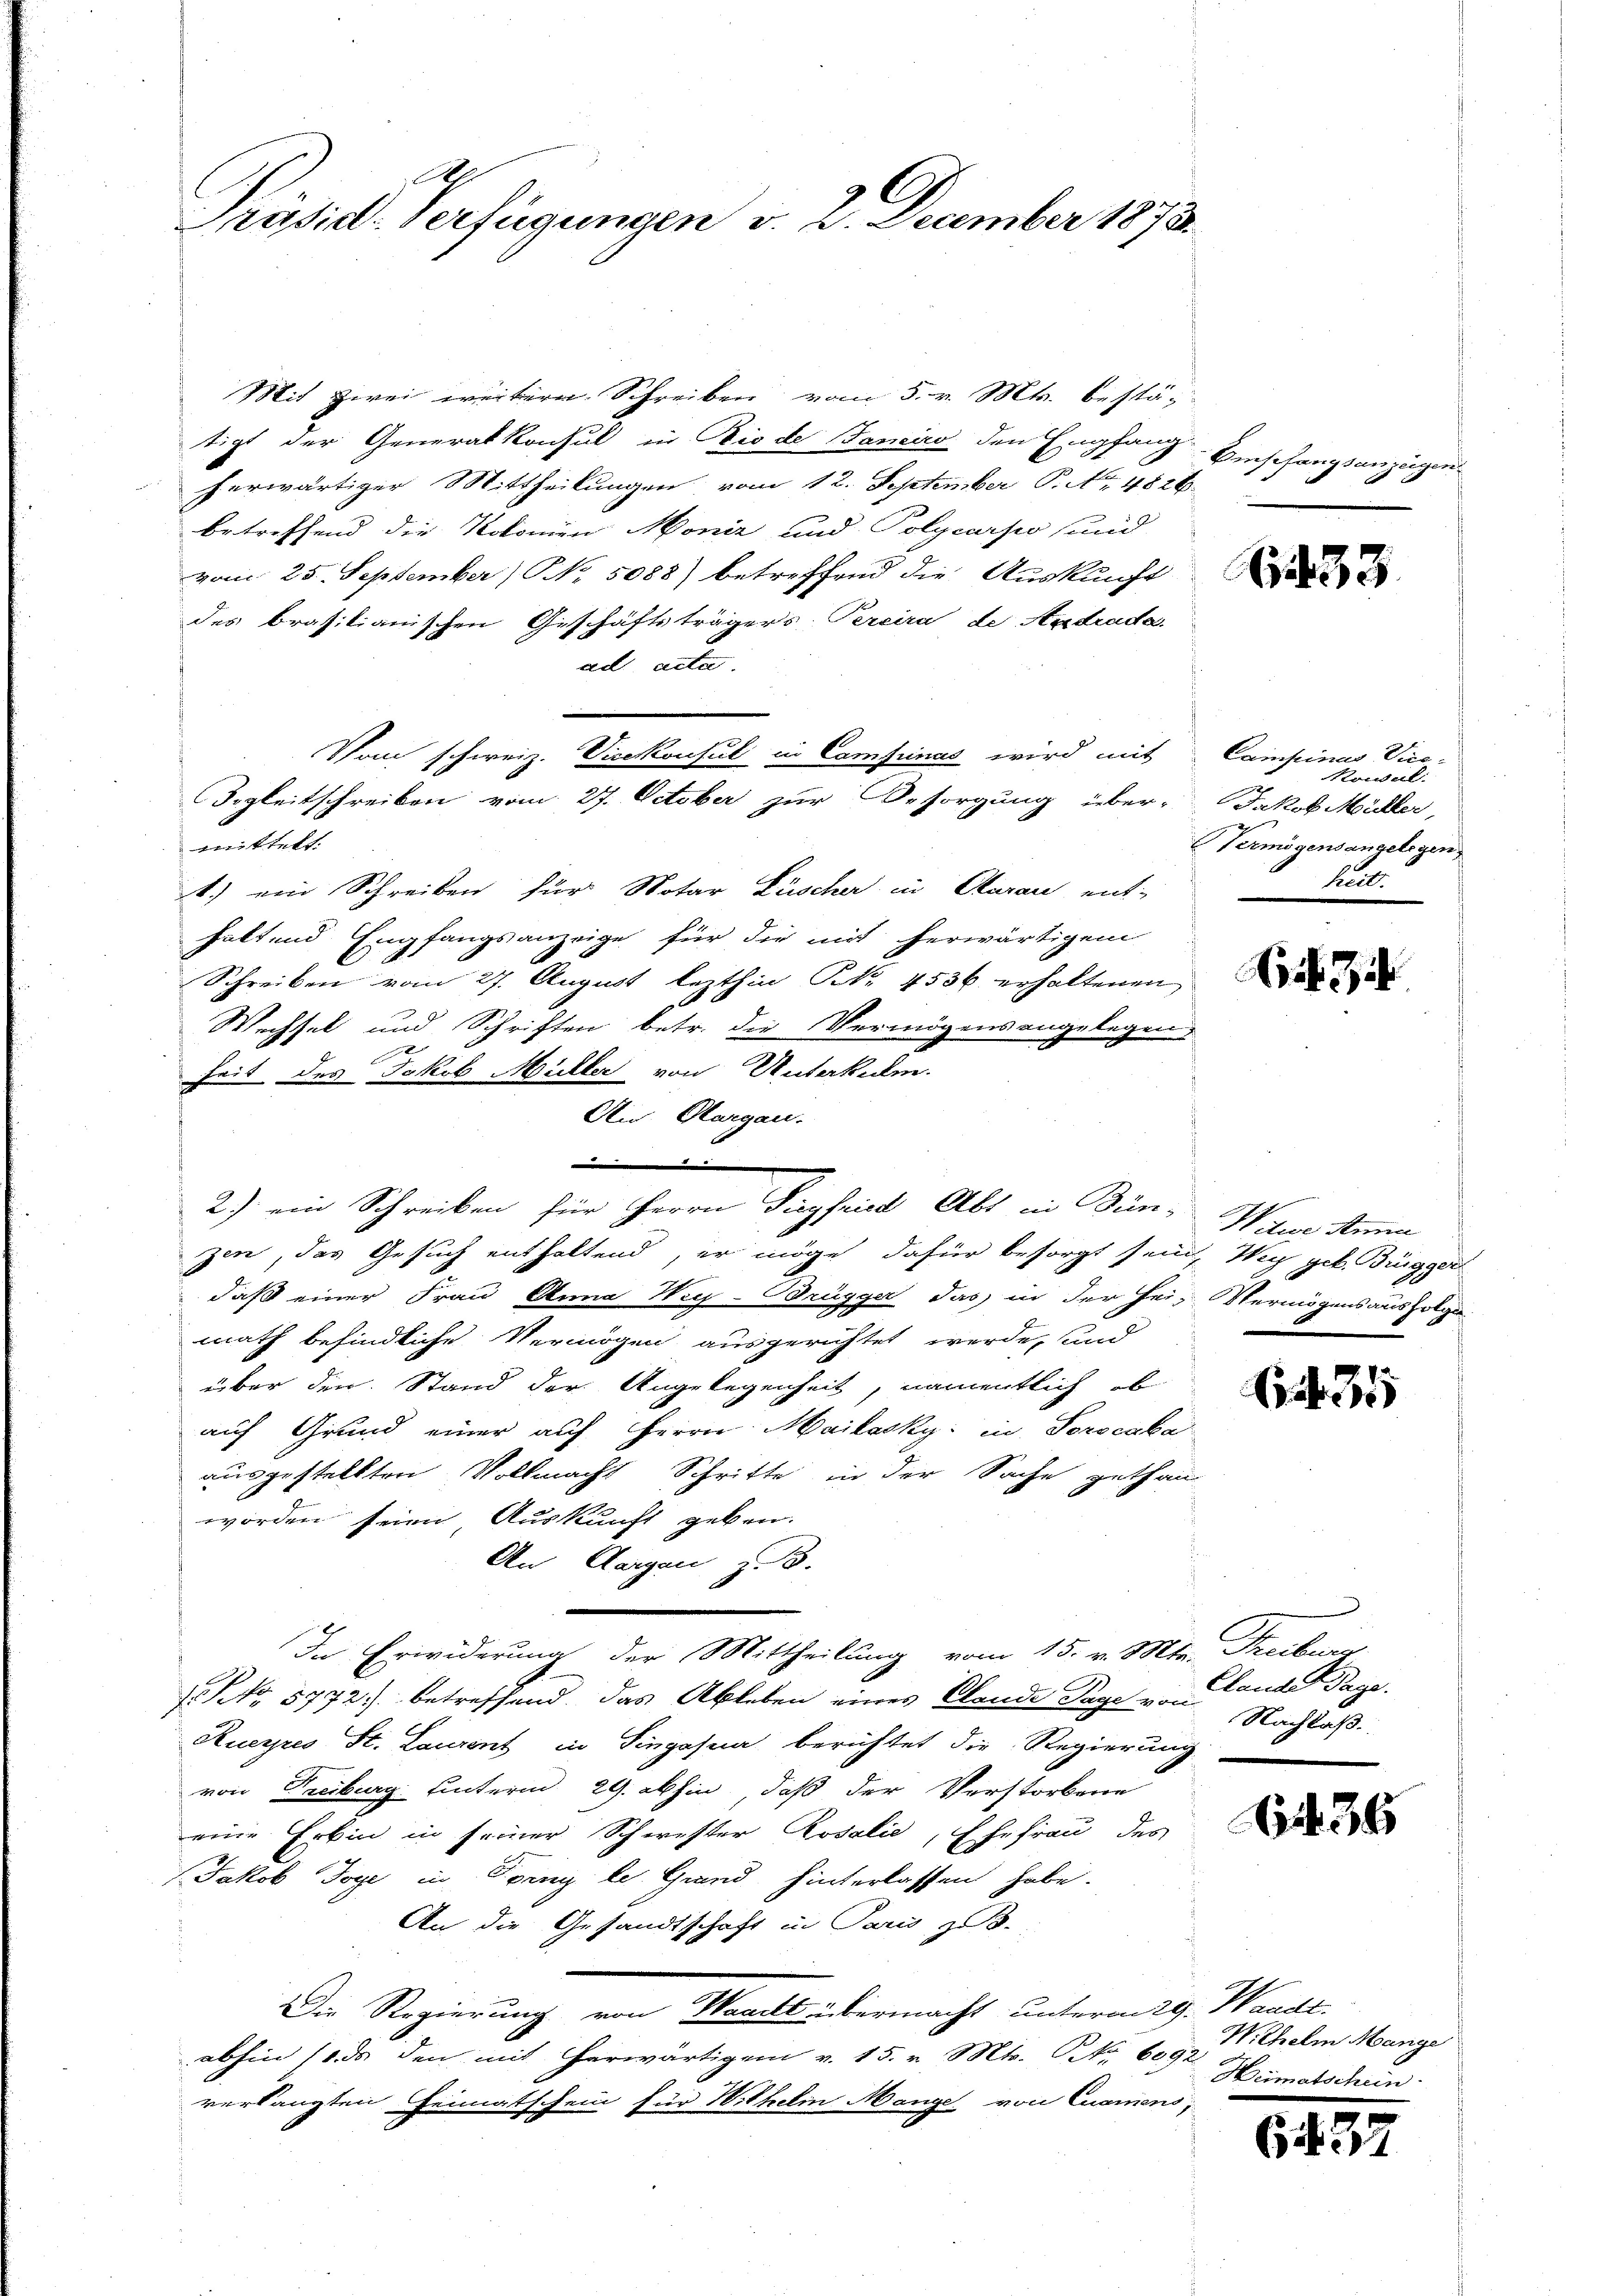
A
C
Präsid. Verfügungen v. 2. December 1873.

Mit zwei weitern Schreiben vom 5. v. Mts. bestä-
tigt der Generalkonsul in Die de Janeiro den Empfang
herwärtiger Mittheilungen vom 12. September P. Nr. 4826.
betreffend die Notomien Moniz und Polycarpio sund
vom 25. September No. 5088) betreffend die Auskunft
des brasilianischen Geschäftsträgers Percira de Andrada.
ad acta
Som schweiz. Vicekonsul in Camfinas wird mit
wettel
1) ein Schreiben für Notar Lüscher in Charau ent-
haltend Empfangsanzeige für die mit herwärtigem
Schreiben vom 27. August lezthin Nr. 4536 erhaltenen
Wechsel und Schriften betr. die Vermögensangelegen
genannten un
heit des Jakob Müller von Unterkule.
An Margau.

zen, das Gesuch enthaltend, er möge dafür besorgt sein, Weg geb. Bürgger
daß einer Frau Anna Wig-Brügger das in der Hei- Vermögensausfolge
math befindliche Vermögen ausgerichtet werde, und
über den Stand der Angelegenheit, namentlich, ob
auf Grund einer auf Herrn Mailacky: in Sorocaba
ausgestellten Vollmacht Schritte in der Sache gethan
worden seien Auskunft geben.
An Aargau, z. B.
In Erwiderung der Mittheilung vom 15. v. Mts. Treibur
 NNo. 5772.) betreffend, das Ableben eines Claude Tage von Nachlaß¬
Rueyres St. Laurent in Singasna berichtet die Regierung
von Freiburg hinterm 29. abhin, daß der Verstorbene
eine Erbin in seiner Schwester Rosalie, Ehefrau des
Jakob Toge in Forni le Grand hinterlassen habe.
An die Gesandtschaft in Pari, z. B.
Die Regierung von Waadt übermacht unterm 29. Waadt.
abhin (da den mit erwärtigen v. 15. v. Mts. Nr. 6092
verlangten Heimatschein für Wittelin Mange von Cuamens,

Sogleitschreiben vom 27. October zur Besorgung über-

2) ein Schreiben für Herrn Siegfried Abt in Bün-Name Anna

Empfangsanzügen

33

Campinas Vice-
Rondal:
2
Jakob Müller,
Vermögensangelegen
heit.

Ei 31

Claude Tage.

36

Wilhelm Mange
Heimatschein

Cit